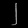
Digit: ၂